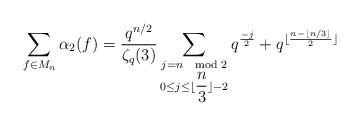
LaTeX: \begin{align*}\sum_{f\in M_{n}}\alpha_{2}(f)=\frac{q^{n/2}}{\zeta_{q}(3)}\sum_{\substack{j=n\mod 2\\ 0\leq j \leq \lfloor\dfrac{n}{3}\rfloor-2}}q^{\frac{-j}{2}}+q^{\lfloor{\frac{n-\lfloor n/3 \rfloor}{2}\rfloor}}\end{align*}